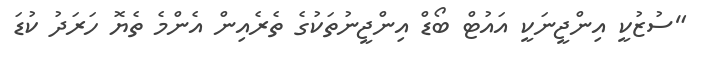
"ސުޒުކީ އިންޖީނަކީ އައުޓް ބޯޑް އިންޖީނުތަކުގެ ތެރެއިން އެންމެ ތެޔޮ ހަރަދު ކުޑަ